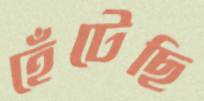
হেঁটেছি